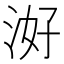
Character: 𭰕